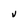
Character: V